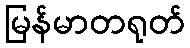
မြန်မာတရုတ်